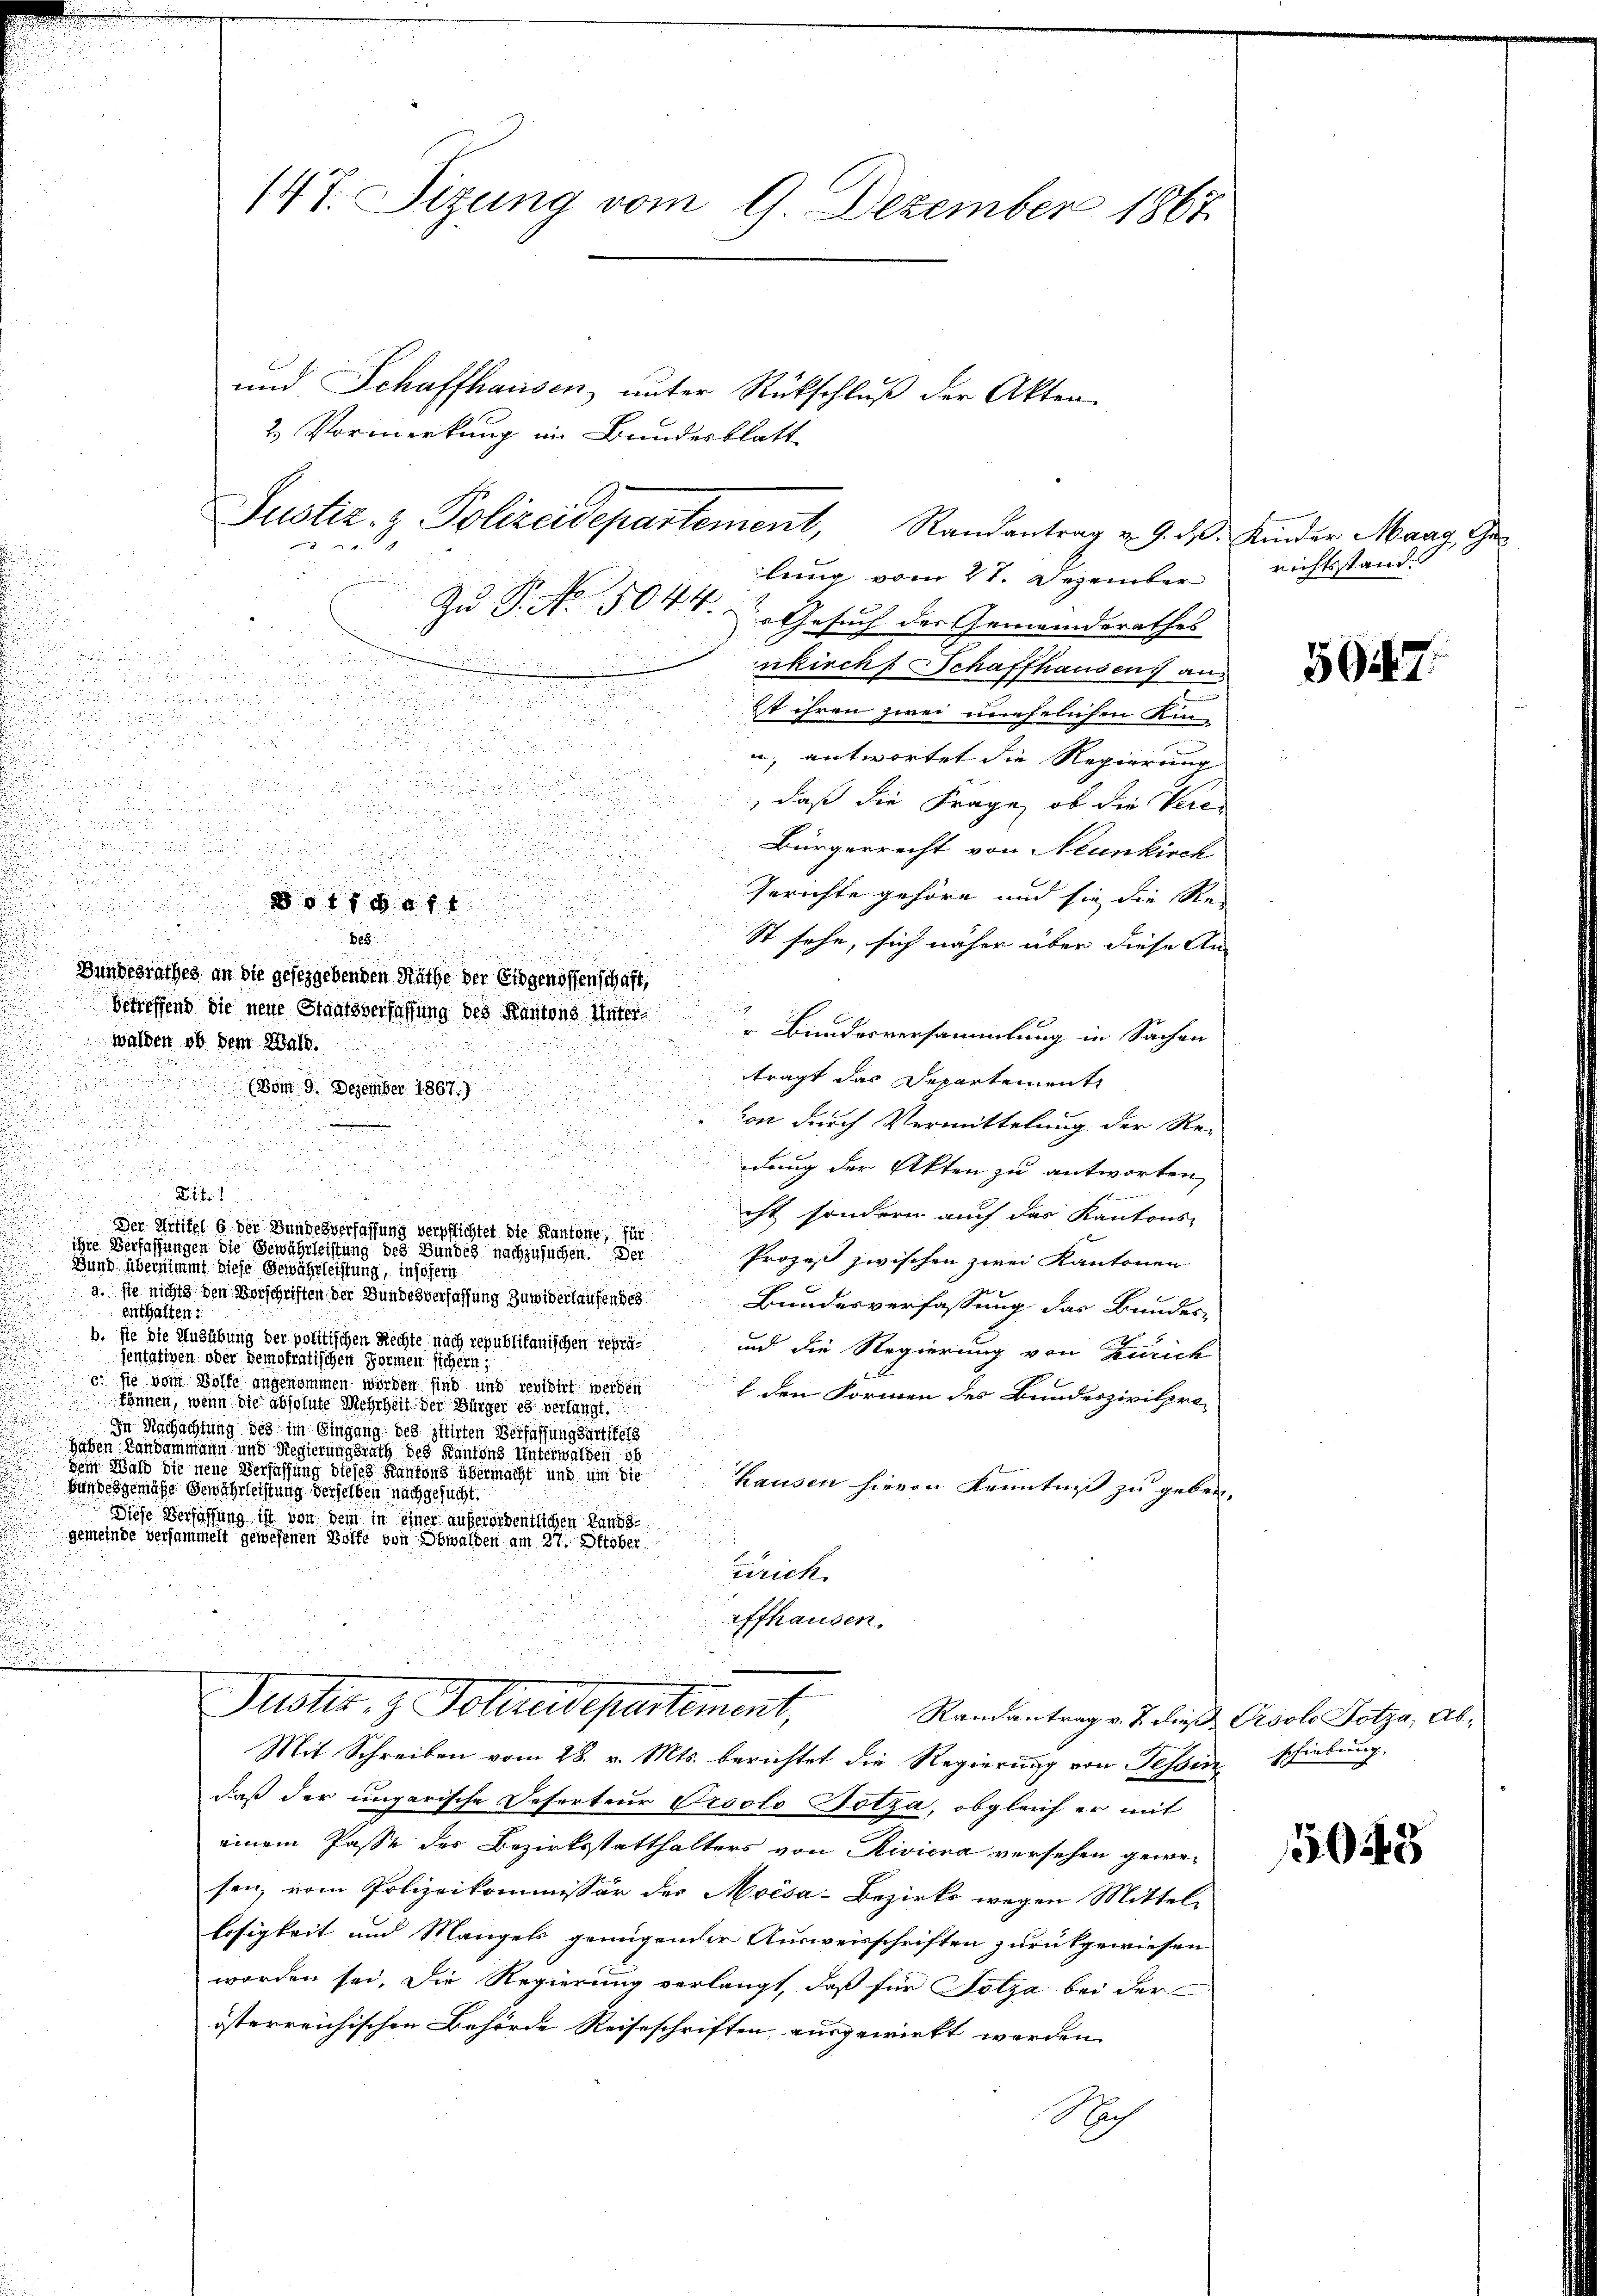
22
 2 x

e
von durch Vermittelung der Re-
.

u

dung der Akten zu antworten,
u

.
e
1
iht sondern auch das Kantons-
Der Artikel 6 der Bundesverfassung verpflichtet die Kantonie, für
ihre Verfassungen die Gewährleistung des Bundes nachzusuchen. Der Prozeß zwischen zwei Kantonen
Bund übernimmt diese Gewährleistung, insofern
a. sie nicht den Vorschriften der Bundesverfassung zuwiderlaufendes
Bundesverfassung das Bundes-
enthalten:
b. sie die Ausübung der politischen Rechte nach republikanischen reprä¬
und die Regierung von Zürich
sentativen oder demokratischen Formen sichern;
c. sie vom Wolfe angenommen worden sind und revidirt werden
t den Formen des Bundeszivilpro-
können, wenn die absolute Mehrheit der Bürger es verlangt.
In Nachachtung des im Singung des zitirten Verfassungsartikels
hahen Landammann und Regierungsrath des Kantons Unterwalden ob
dem Wald die neue Verfassung dieses Kantons übermacht und um die
hausen hievon Kenntniß zu geben.
Bundesgemäße Gewährleistung derselben nachgesucht.
Diese Verfassung ist von dem in einer außerordentlichen Landsgemeinde versammelt gewesenen Bolle von Obwalden am 27. Oktober
zrich
affhausen.
d

147. Sizung vom 9 Dezember 1867

4

und Schaffhausen unter Rückschluß der Akten
lung vom 21. Dezember
Zu P. No. 5044.
u
Gesuch der Gemeinderathes
.

d
nkirchs Schaffhausen an

e
ist ihren zwei unehelichen Kin-

u antwortet die Regierung |

2

, daß die Frage, ob die Ver-
n
.
d

u
Bürgerrecht von Neunkirch

d
u
u

Gerichte gehöre und sie die Sie
n
u
 1800 f
n

Bes
st sehe, sich näher über diese An
Bundesrathes an die gesetzgebenden Näthe der Eidgenossenschaft,
betreffend die neue Staatsverfassung des Kantons Hüter
Bundesversammlung in Sachen
walden ob dem Wald.
trägt das Departement
(Dom. 9. Dezember 1867.)

2 Vormerkung im Bundesblatt

Justiz- & Polizeidepartement, Randantrag u. 9. dβ.

Puster, z. Polendepartement,

Mit Schreiben vom 28. v. Mts. berichtet die Regierung von Tessin schiebung,
daß der ungarische Deserteur Orsolo Gotza, obgleich er mit
einem Pässe des Bezirksstatthalters von Riviera versehen gewesen vom Polizeikommissär des Moisa-Bezirks wegen Mittel-
losigkeit und Mangels genügender Ausweisschriften zurückgewiesen
worden sei. Die Regierung verlangt, daß für Folza bei der
österreichischen Behörde Reiseschriften ausgewirkt werden
Nach

Kinder Maag, Ge
richtsstand

5947.

Randantrag v. J. dieß Psolo Totza, Ab¬

5048